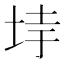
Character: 𡋌